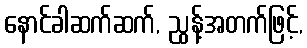
နောင်ခါဆက်ဆက်, ညွန့်အတက်ဖြင့်,